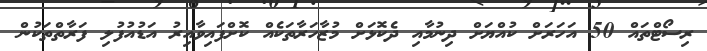
ރިސޯޓްތައް 50 އަހަރަށް ކުއްޔަށް ދިނުމާއި ދެކޮޅަށް މުޒާހަރާތަކެއް ކޮށްފައިވާއިރު އަޑުއުފުލި ފަރާތްތަކުން